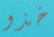
خذو